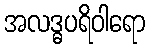
အလဒ္ဓပရိဝါရော